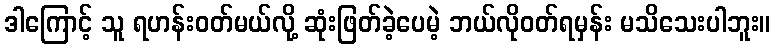
ဒါကြောင့် သူ ရဟန်းဝတ်မယ်လို့ ဆုံးဖြတ်ခဲ့ပေမဲ့ ဘယ်လိုဝတ်ရမှန်း မသိသေးပါဘူး။